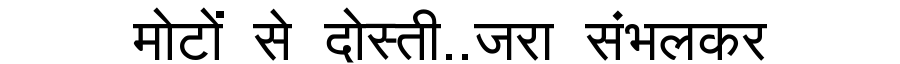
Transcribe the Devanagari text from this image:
मोटों से दोस्ती..जरा संभलकर